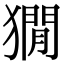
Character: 𤡥